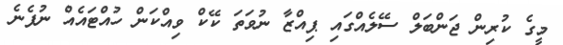
މީގެ ކުރިން ޖަންބަލް ސޭލެއްގައި ޕިއްޒާ ނުވަތަ ކޭކް ވިއްކަން ހުއްޓައެއް ނުފެނެ